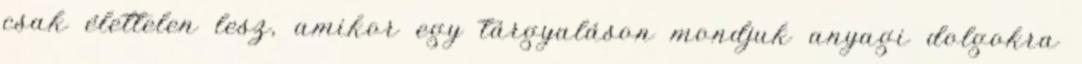
csak élettelen lesz, amikor egy tárgyaláson mondjuk anyagi dolgokra